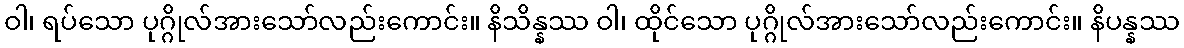
ဝါ၊ ရပ်သော ပုဂ္ဂိုလ်အားသော်လည်းကောင်း။ နိသိန္နဿ ဝါ၊ ထိုင်သော ပုဂ္ဂိုလ်အားသော်လည်းကောင်း။ နိပန္နဿ